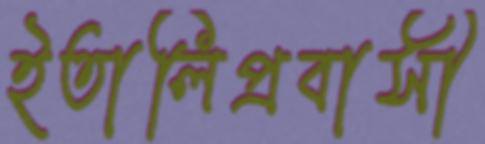
ইতালিপ্রবাসী